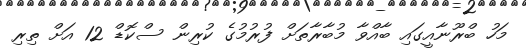
މަހު ބްރޫނާއީގައި ބާއްވާ މުބާރާތަށް ފުރުމުގެ ކުރިން ސްކޮޑް 12 އަށް ތިރި